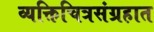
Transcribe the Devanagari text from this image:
व्यक्तिचित्रसंग्रहात